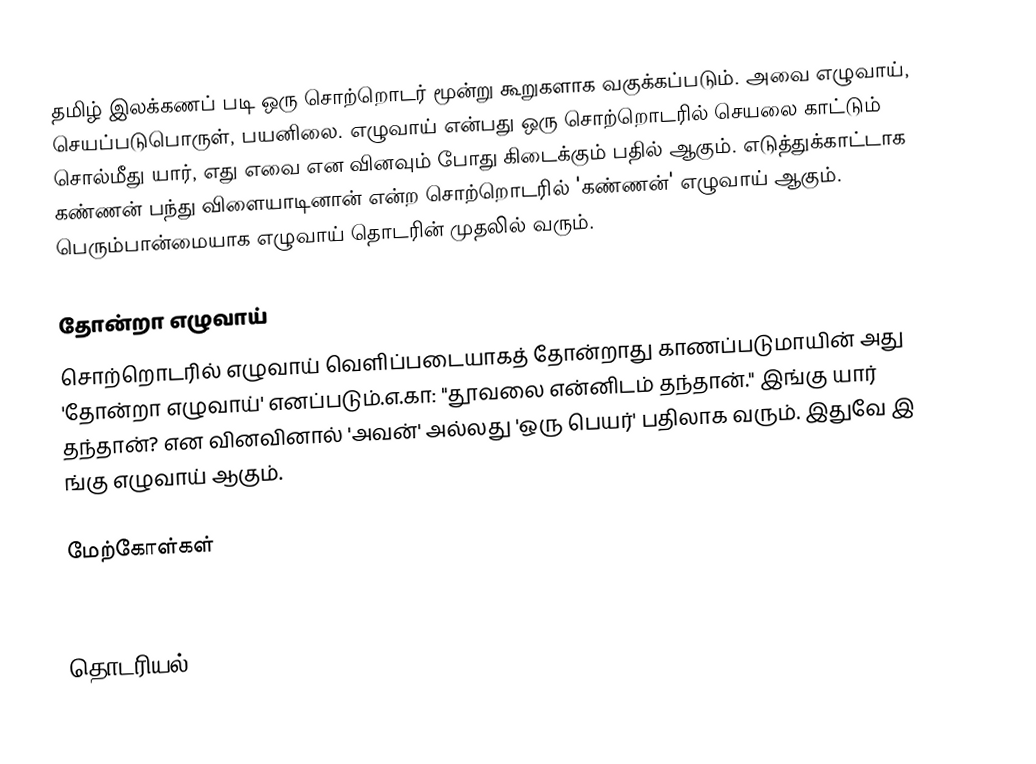
தமிழ் இலக்கணப் படி ஒரு சொற்றொடர் மூன்று கூறுகளாக வகுக்கப்படும்.  அவை எழுவாய், செயப்படுபொருள், பயனிலை.  எழுவாய் என்பது ஒரு சொற்றொடரில் செயலை காட்டும் சொல்மீது யார், எது எவை என வினவும் போது கிடைக்கும் பதில் ஆகும்.  எடுத்துக்காட்டாக கண்ணன் பந்து விளையாடினான் என்ற சொற்றொடரில் 'கண்ணன்' எழுவாய் ஆகும். பெரும்பான்மையாக எழுவாய் தொடரின் முதலில் வரும்.

தோன்றா எழுவாய்
சொற்றொடரில் எழுவாய் வெளிப்படையாகத் தோன்றாது காணப்படுமாயின் அது 'தோன்றா எழுவாய்' எனப்படும்.எ.கா: "தூவலை என்னிடம் தந்தான்." இங்கு யார் தந்தான்? என வினவினால் 'அவன்' அல்லது 'ஒரு பெயர்' பதிலாக வரும். இதுவே இ ங்கு எழுவாய் ஆகும்.

மேற்கோள்கள்

தொடரியல்